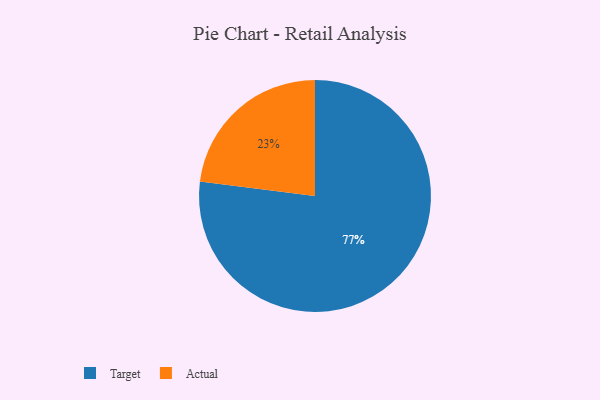
{"axis": {"x": "Category", "y": "Percentage"}, "legend": ["Actual", "Target"], "data": [{"x": "Target", "y": 77, "type": "Target"}, {"x": "Actual", "y": 23, "type": "Actual"}]}